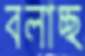
বলাচ্ছ